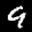
Label: 9